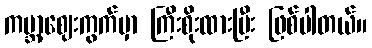
ကမ္ဘာ့ဈေးကွက်မှာ ကြီးစိုးထားပြီး ဖြစ်ပါတယ်။